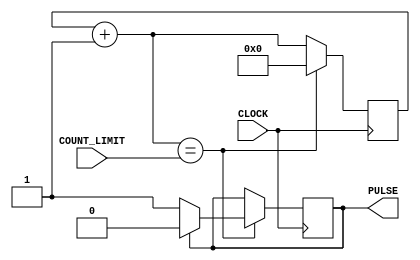
module modify_clock_freq(
    input CLOCK,
    input [25:0] COUNT_LIMIT,
    output PULSE
    );
    
    reg [25:0] COUNT = 0;
    reg PULSE = 0;
    
    always @ (posedge CLOCK) begin
      COUNT = COUNT + 1;
      if(COUNT == COUNT_LIMIT) begin
        if(PULSE == 0)
          PULSE <= 1;
        else
          PULSE <= 0;
          
        COUNT = 0;
      end
    end
    
endmodule